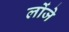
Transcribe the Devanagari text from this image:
लोंजे